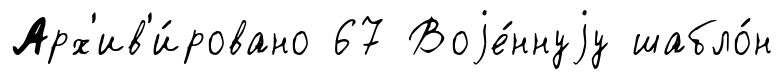
Арх'ив'и́ровано 67 Воjе́ннуjу шабло́н